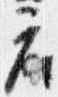
座